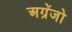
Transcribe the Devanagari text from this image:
अग्रेंजो